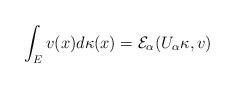
LaTeX: \begin{align*} \int_Ev(x)d\kappa(x)={\cal E}_{\alpha}(U_{\alpha}\kappa,v) \end{align*}